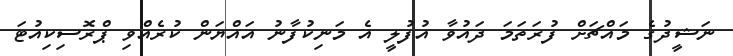
ނަޝީދުގެ މައްޗަށް ފުރަތަމަ ދައުވާ އުފުލީ އެ މަނިކުފާނު އައްޔަން ކުރެއްވި ޕްރޮސިކިއުޓަ